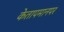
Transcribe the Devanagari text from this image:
केतापमानपर